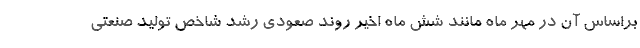
براساس آن در مهر ماه مانند شش ماه اخیر روند صعودی رشد شاخص تولید صنعتی